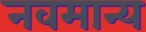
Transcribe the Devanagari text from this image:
नवमान्य